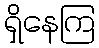
ရှိနေကြ